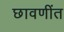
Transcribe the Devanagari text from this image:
छावणींत